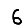
Digit: 6